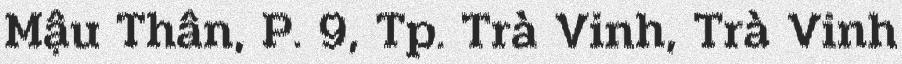
Mậu Thân, P. 9, Tp. Trà Vinh, Trà Vinh